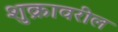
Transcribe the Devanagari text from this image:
शुक्रावरील